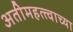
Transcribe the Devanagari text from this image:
अतीमहत्त्वाच्या